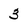
Character: 3